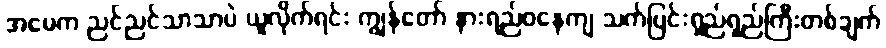
အမေက ညင်ညင်သာသာပဲ ယူလိုက်ရင်း ကျွန်တော် နားရည်ဝနေကျ သက်ပြင်းရှည်ရှည်ကြီးတစ်ချက်